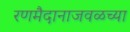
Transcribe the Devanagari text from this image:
रणमैदानाजवळच्या